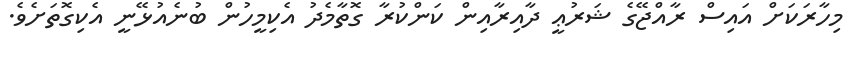
މިހާރަކަށް އައިސް ރާއްޖޭގެ ޝަރުޢީ ދާއިރާއިން ކަންކުރާ ގޮތާމެދު އެކިމީހުން ބުނެއުޅޭނީ އެކިގޮތަށެވެ.